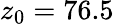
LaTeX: z_{0}=76.5